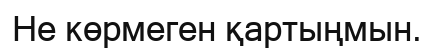
Не көрмеген қартыңмын.